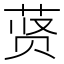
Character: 𬜾